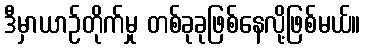
ဒီမှာယာဉ်တိုက်မှု တစ်ခုခုဖြစ်နေလို့ဖြစ်မယ်။